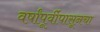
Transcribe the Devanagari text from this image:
वर्षांपूर्वीपासूनचा